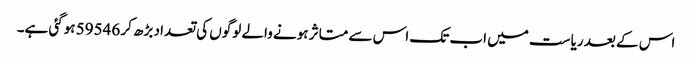
اس کے بعد ریاست میں اب تک اس سے متاثر ہونے والے لوگوں کی تعداد بڑھ کر 59546 ہوگئی ہے۔